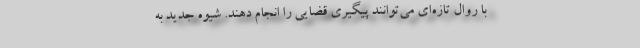
با روال تازه‌ای می‌توانند پیگیری قضایی را انجام دهند. شیوه جدید به